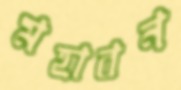
মহাবন